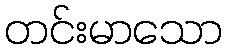
တင်းမာသော